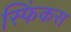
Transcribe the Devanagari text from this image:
स्फिंकस